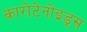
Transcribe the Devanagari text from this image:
कारोटेनोइड्स